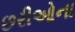
છરીઓના